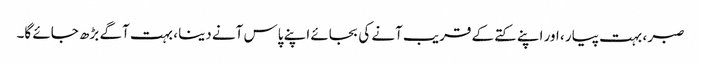
صبر ، بہت پیار ، اور اپنے کتے کے قریب آنے کی بجائے اپنے پاس آنے دینا ، بہت آگے بڑھ جائے گا۔